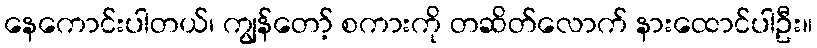
နေကောင်းပါတယ်၊ ကျွန်တော့် စကားကို တဆိတ်လောက် နားထောင်ပါဦး။